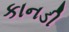
કાનડી